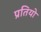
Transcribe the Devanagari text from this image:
प्रतियो